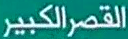
القصر الكبير